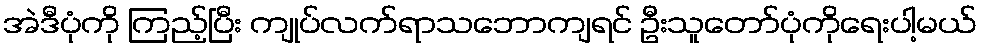
အဲဒီပုံကို ကြည့်ပြီး ကျုပ်လက်ရာသဘောကျရင် ဦးသူတော်ပုံကိုရေးပါ့မယ်